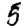
Digit: 5